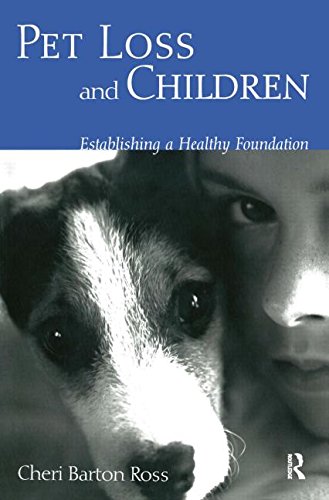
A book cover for Pet Loss and Children: Establishing a Health Foundation; Cheri Barton Ross; Self-Help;